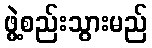
ဖွဲ့စည်းသွားမည်